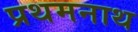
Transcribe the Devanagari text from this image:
प्रथमनाथ